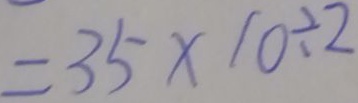
= 3 5 \times 1 0 \div 2